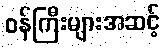
ဝန်ကြီးများအဆင့်